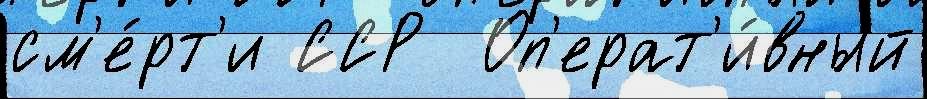
см'е́рт'и ССР  Оп'ерат'и́вный